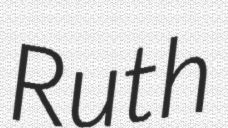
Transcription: Ruth